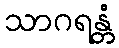
သာဂရန္တံ